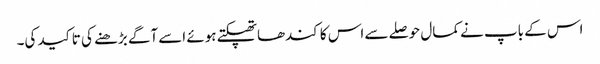
اس کے باپ نے کمال حوصلے سے اس کا کندھاتھپکتے ہوئے اسے آگے بڑھنے کی تاکید کی۔